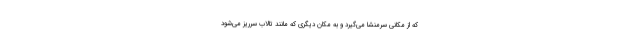
که از مکانی سرمنشا می‌گیرد و به مکان دیگری که مانند تالاب سرریز می‌شود